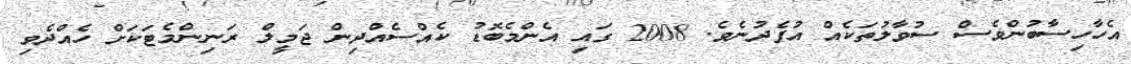
އެހާހިސާބުންވެސް ސުވާލުތަކެއް އުފެދުނެވެ. 2008 ގައި އެންމެބޮޑު ކެއްސެއްދިން ޖަމީލް ރަނިންމެޓަކަށް ހެއްދެވި